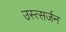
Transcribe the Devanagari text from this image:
उस्त्सर्जन